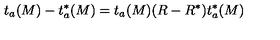
t _ { a } ( M ) - t _ { a } ^ { * } ( M ) = t _ { a } ( M ) ( R - R ^ { * } ) t _ { a } ^ { * } ( M )